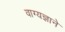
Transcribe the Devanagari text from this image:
वाग्यज्ञाने